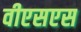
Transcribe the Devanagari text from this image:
वीएसएस